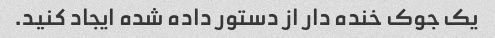
یک جوک خنده دار از دستور داده شده ایجاد کنید.